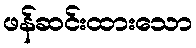
ဖန်ဆင်းထားသော